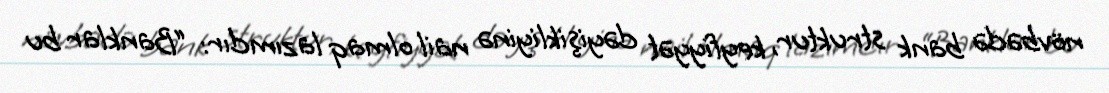
növbədə bank struktur, keyfiyyət dəyişikliyinə nail olmaq lazımdır: “Banklar bu